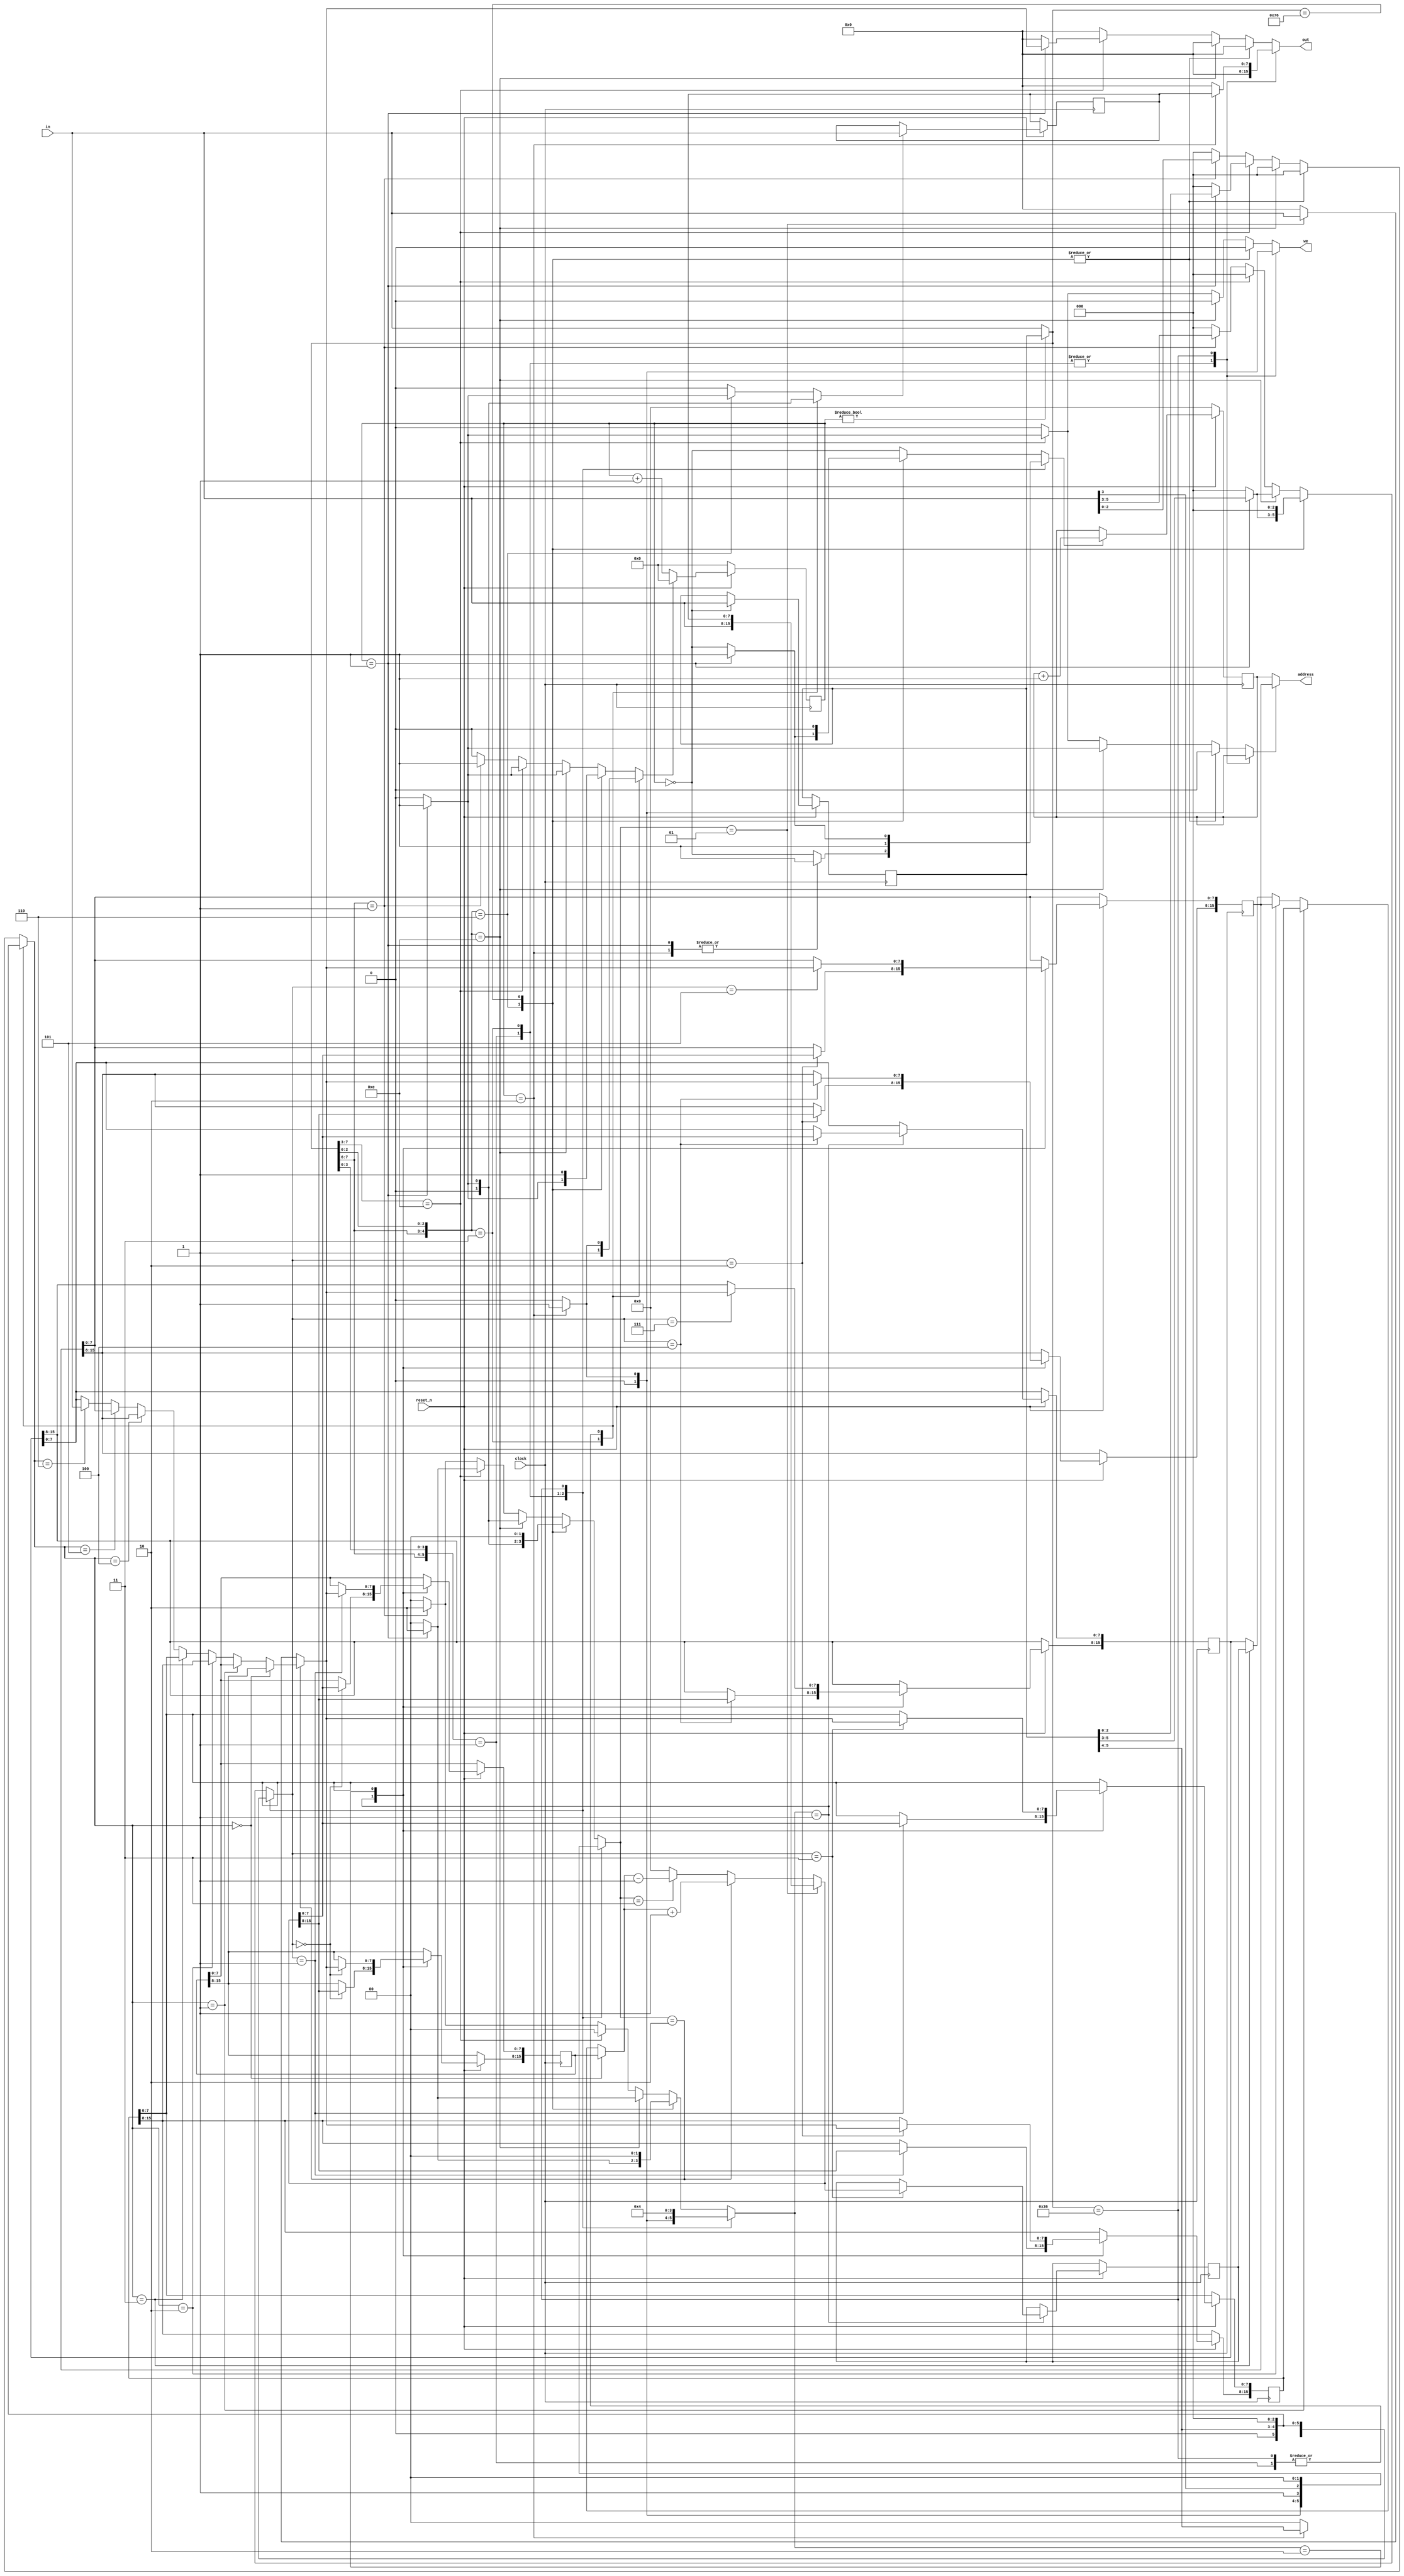
module core
(
    input               clock,
    input               reset_n,
    output      [15:0]  address,
    input       [ 7:0]  in,
    output reg  [ 7:0]  out,
    output reg          we
);

assign address =
    bus == BUS_HL ? hl : pc;

initial begin we = 1'b0; out = 1'b0; end

localparam

    WB_R16 = 1,
    WB_R8  = 2;

localparam

    SRC_IN = 1,
    SRC_R8 = 2;

localparam

    BUS_PC = 0,
    BUS_HL = 1;

localparam
    ALU_ADD = 0,
    ALU_ADC = 1,
    ALU_SUB = 2,
    ALU_SBC = 3,
    ALU_AND = 4,
    ALU_XOR = 5,
    ALU_OR  = 6,
    ALU_CP  = 7;

// Все необходимые регистры (96 бит)
// -----------------------------------------------------------------------------

reg [15:0] bc = 16'h23FF;
reg [15:0] de = 16'h0000;
reg [15:0] hl = 16'h0003;
reg [15:0] af = 16'h0000;
reg [15:0] sp = 16'h0000;
reg [15:0] pc = 16'h0000;

// Логика
// -----------------------------------------------------------------------------

reg [ 1:0]  bus = 1'b0;
reg [ 3:0]  cp  = 1'b0;
reg [ 7:0]  opc = 1'b0;     // Сохраненный опкод
reg [ 7:0]  tmp = 1'b0;

// Управляющие провода
// -----------------------------------------------------------------------------

reg         _pcnext = 1'b0;
reg         _cpterm;
reg [3:0]   _cpnext;
reg         _tmpl;
reg [1:0]   _wreg;
reg [2:0]   _regr;
reg [2:0]   _regw;
reg [2:0]   _src;
reg [2:0]   _alu;

// Комбинаторная логика
// -----------------------------------------------------------------------------

always @* begin

    bus     = 0;                // Выбранная шина данных PC
    we      = 0;
    out     = 0;
    _alu    = 0;
    _cpnext = 0;                // Переход к определенному CP (если не 0)
    _cpterm = 0;                // При =1, переход к исполнению следующего
    _pcnext = (cp == 0);        // На первом такте _pcnext=1 всегда
    _tmpl   = 1'b0;             // Запись IN в TMP
    _wreg   = 1'b0;             // Ничего не писать в регистры
    _regr   = 1'b0;             // Номер регистра 8 или 16 бит
    _regw   = 1'b0;             // Номер регистра для записи
    _src    = 1'b0;

    casex (cp ? opc : in)

    // 3T LD r16, nn
    8'b00xx0001: case (cp)

        1: begin _pcnext = 1; _tmpl = 1; end
        2: begin _pcnext = 1; _wreg = WB_R16; _regw = opc[5:4]; _src = 1; _cpterm = 1; end

    endcase

    // 1T INC|DEC r16
    8'b00xxx011: begin

        _pcnext     = 1;
        _regr       = opc[5:4];
        _regw       = opc[5:4];
        _wreg       = 1;
        _src        = {1'b1, in[3]};
        _cpterm     = 1;

    end

    // 3T LD (HL), imm
    8'b00110110: case (cp)

        1: begin _pcnext = 1; _tmpl = 1; end
        2: begin _cpterm = 1; bus = BUS_HL; we = 1; out = tmp; end

    endcase

    // 2T LD r8, imm
    8'b00xxx110: if (cp == 1) begin

        _pcnext = 1;
        _tmpl   = 1;
        _src    = SRC_IN;
        _regw   = opc[5:3];
        _wreg   = WB_R8;
        _cpterm = 1;

    end

    // 1T HALT
    8'b01110110: begin _cpterm = 1; _pcnext = 0; end

    // 2T LD r, (HL)
    8'b01xxx110: if (cp == 1) begin

        _cpterm = 1;
        _src    = SRC_IN;
        _regw   = opc[5:3];
        _wreg   = WB_R8;
        bus     = BUS_HL;

    end

    // 2T LD (HL), r
    8'b01110xxx: if (cp == 1) begin

        _cpterm = 1;
        _src    = SRC_R8;
        _regr   = opc[2:0];
        bus     = BUS_HL;
        we      = 1;
        out     = src8;

    end

    // 1T LD r, r
    8'b01xxxxxx: begin

        _src    = SRC_R8;
        _wreg   = WB_R8;
        _regr   = in[2:0];
        _regw   = in[5:3];
        _cpterm = 1;

    end

    endcase

end

// Выборка данных
// -----------------------------------------------------------------------------

// Регистр 8 бит
wire [ 7:0] r8 =
    _regr == 0 ? bc[15:8] :
    _regr == 1 ? bc[ 7:0] :
    _regr == 2 ? de[15:8] :
    _regr == 3 ? de[ 7:0] :
    _regr == 4 ? hl[15:8] :
    _regr == 5 ? hl[ 7:0] :
    _regr == 6 ? in :
                 af[ 7:0];

// Регистр 16 бит
wire [15:0] r16 =
    _regr == 0 ? bc :
    _regr == 1 ? de :
    _regr == 2 ? hl :
    _regr == 3 ? sp :
                 af;

// Вычисление данных для 8 bit
wire [7:0] src8 =
    _src == SRC_R8 ? r8 :
    _src == SRC_IN ? in :
                     1'b0;

// Вычисление данных для 16 bit
wire [15:0] src16 =
    _src == 1 ? {in, tmp} :     // LD r16, nn
    _src == 2 ? r16 + 1'b1 :    // INC r16
    _src == 3 ? r16 - 1'b1 :    // DEC r16
                1'b0;

// Вычисление АЛУ
// -----------------------------------------------------------------------------

wire [8:0] alur =
    _alu == ALU_ADD ? af[15:8] + src8 :
    _alu == ALU_ADC ? af[15:8] + src8 + af[0] :
    _alu == ALU_SBC ? af[15:8] - src8 - af[0] :
    _alu == ALU_AND ? af[15:8] & src8 :
    _alu == ALU_XOR ? af[15:8] ^ src8 :
    _alu == ALU_OR  ? af[15:8] | src8 :
                      af[15:8] - src8; // SUB, CP

wire sf = alur[7];
wire zf = alur[7:0] == 1'b0;
wire hf = af[12] ^ src8[4] ^ alur[4];
wire pf = ~^alur[7:0];
wire cf = alur[8];

// Исполнительный блок
// -----------------------------------------------------------------------------

always @(posedge clock)
if (reset_n == 1'b0) begin

    pc  <= 16'h0000;
    cp  <= 1'b0;

end
else begin

    if (cp == 1'b0) opc <= in;

    if (_pcnext) pc <= pc + 1'b1;
    if (_tmpl)   tmp <= in;

    // Либо запись в CP=0, либо к следующему
    cp <= _cpterm ? 0 : (_cpnext ? _cpnext : cp + 1);

    // Запись в регистры
    case (_wreg)

        // Запись src16 в регистр
        WB_R16:
        case (_regw)
        0: bc <= src16;
        1: de <= src16;
        2: hl <= src16;
        3: sp <= src16;
        4: af <= src16;
        endcase

        // Запись src8 в регистр
        WB_R8:
        case (_regw)
        0: bc[15:8] <= src8;
        1: bc[ 7:0] <= src8;
        2: de[15:8] <= src8;
        3: de[ 7:0] <= src8;
        4: hl[15:8] <= src8;
        5: hl[ 7:0] <= src8;
        // 6: -- сюда не пишется ничего
        7: af[15:8] <= src8;
        endcase

    endcase

end

endmodule